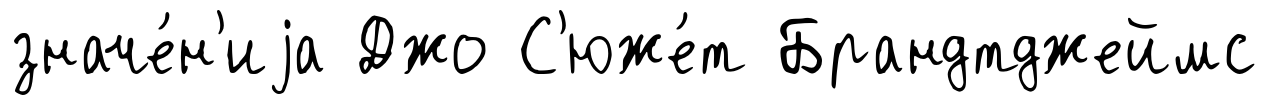
значе́н'иjа Джо С'юже́т Брандтджеймс